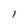
Character: I